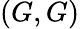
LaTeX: (G,G)